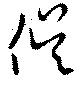
俁